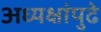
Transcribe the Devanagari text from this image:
अध्यक्षांपुढे